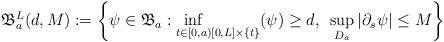
LaTeX: \begin{align*}\mathfrak{B}_{a}^{L}(d,M):=\left\{ \psi \in\mathfrak{B}_{a} : \underset{t\in[0,a)}\inf \underset{[0,L]\times\{t\}}{} (\psi)\geq d, ~\sup_{D_a} |\partial_s \psi|\leq M \right\} \end{align*}